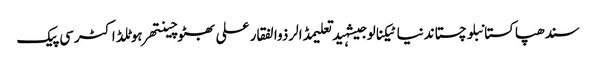
سندھپاکستانبلوچستاندنیاٹیکنالوجیشہیدتعلیمڈالرذوالفقار علی بھٹوچینتھرہوٹلڈاکٹرسی پیک